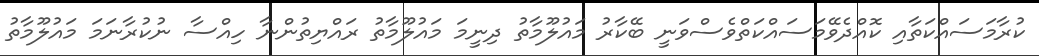
ކުރާމަސައްކަތާއި ކޮއްދެވޭމަސައްކަތްވެސްވަނީ ބޭކާރު މައުލޫމާތު ދިނީމަ މައުލޫމާތު ރައްޔިތުންނާ ހިއްސާ ނުކުރާނަމަ މައުލޫމާތު